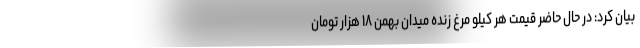
بیان کرد: در حال حاضر قیمت هر کیلو مرغ زنده میدان بهمن ۱۸ هزار تومان